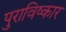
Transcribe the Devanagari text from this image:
पुराविष्कार